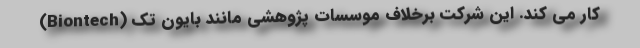
کار می کند. این شرکت برخلاف موسسات پژوهشی مانند بایون تک (Biontech)